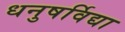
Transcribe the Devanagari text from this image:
धनुषर्विद्या